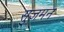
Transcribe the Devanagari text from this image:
सुजमन